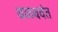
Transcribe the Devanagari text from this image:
बळबवंत